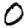
Digit: 0